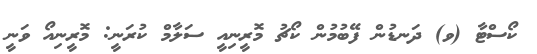
ކޯސްޓާ (ވ) ދަނޑުން ފޭބުމުން ކޯޗު މޮރީނިއީ ސަލާމް ކުރަނީ: މޮރީނިއޯ ވަނީ